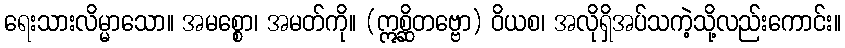
ရေးသားလိမ္မာသော။ အမစ္စော၊ အမတ်ကို။ (ဣစ္ဆိတဗ္ဗော) ဝိယစ၊ အလိုရှိအပ်သကဲ့သို့လည်းကောင်း။